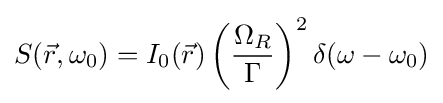
S({\vec {r}},\omega _{0})=I_{0}({\vec {r}})\left({\frac {\Omega _{R}}{\Gamma }}\right)^{2}\delta (\omega -\omega _{0})